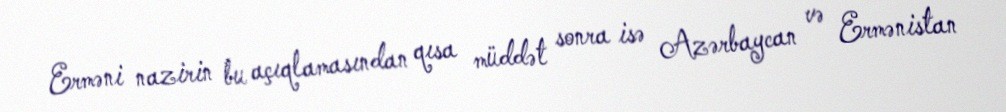
Erməni nazirin bu açıqlamasından qısa müddət sonra isə Azərbaycan və Ermənistan